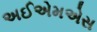
અઈએમએસ